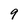
Character: 9